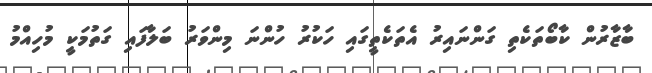
ބާޒާރުން ކާބޯތަކެތި ގަންނައިރު އެތަކެތީގައި ހަކުރު ހުންނަ މިންވަރު ބަލާފައި ގަތުމަކީ މުހިއްމު